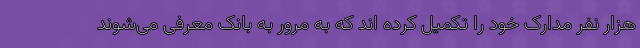
هزار نفر مدارک خود را تکمیل کرده اند که به مرور به بانک معرفی می‌شوند